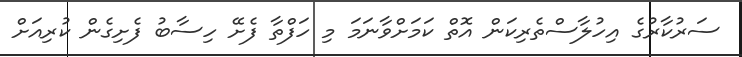
ސަރުކާރުގެ އިހުލާސްތެރިކަން އޮތް ކަމަށްވާނަމަ މި ހަފްތާ ފެށޭ ހިސާބު ފެށިގެން ކުރިއަށް